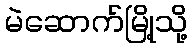
မဲဆောက်မြို့သို့